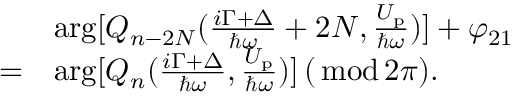
\begin{array} { r l } & { \arg [ Q _ { n - 2 N } ( \frac { i \Gamma + \Delta } { \hbar \omega } + 2 N , \frac { U _ { \mathrm { p } } } { \hbar \omega } ) ] + \varphi _ { 2 1 } } \\ { = } & { \arg [ Q _ { n } ( \frac { i \Gamma + \Delta } { \hbar \omega } , \frac { U _ { \mathrm { p } } } { \hbar \omega } ) ] \, ( { \, \mathrm { m o d \, } } 2 \pi ) . } \end{array}